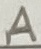
Text: A